Kominterni_Eesti_sektsioon_Moskvas, lk 34
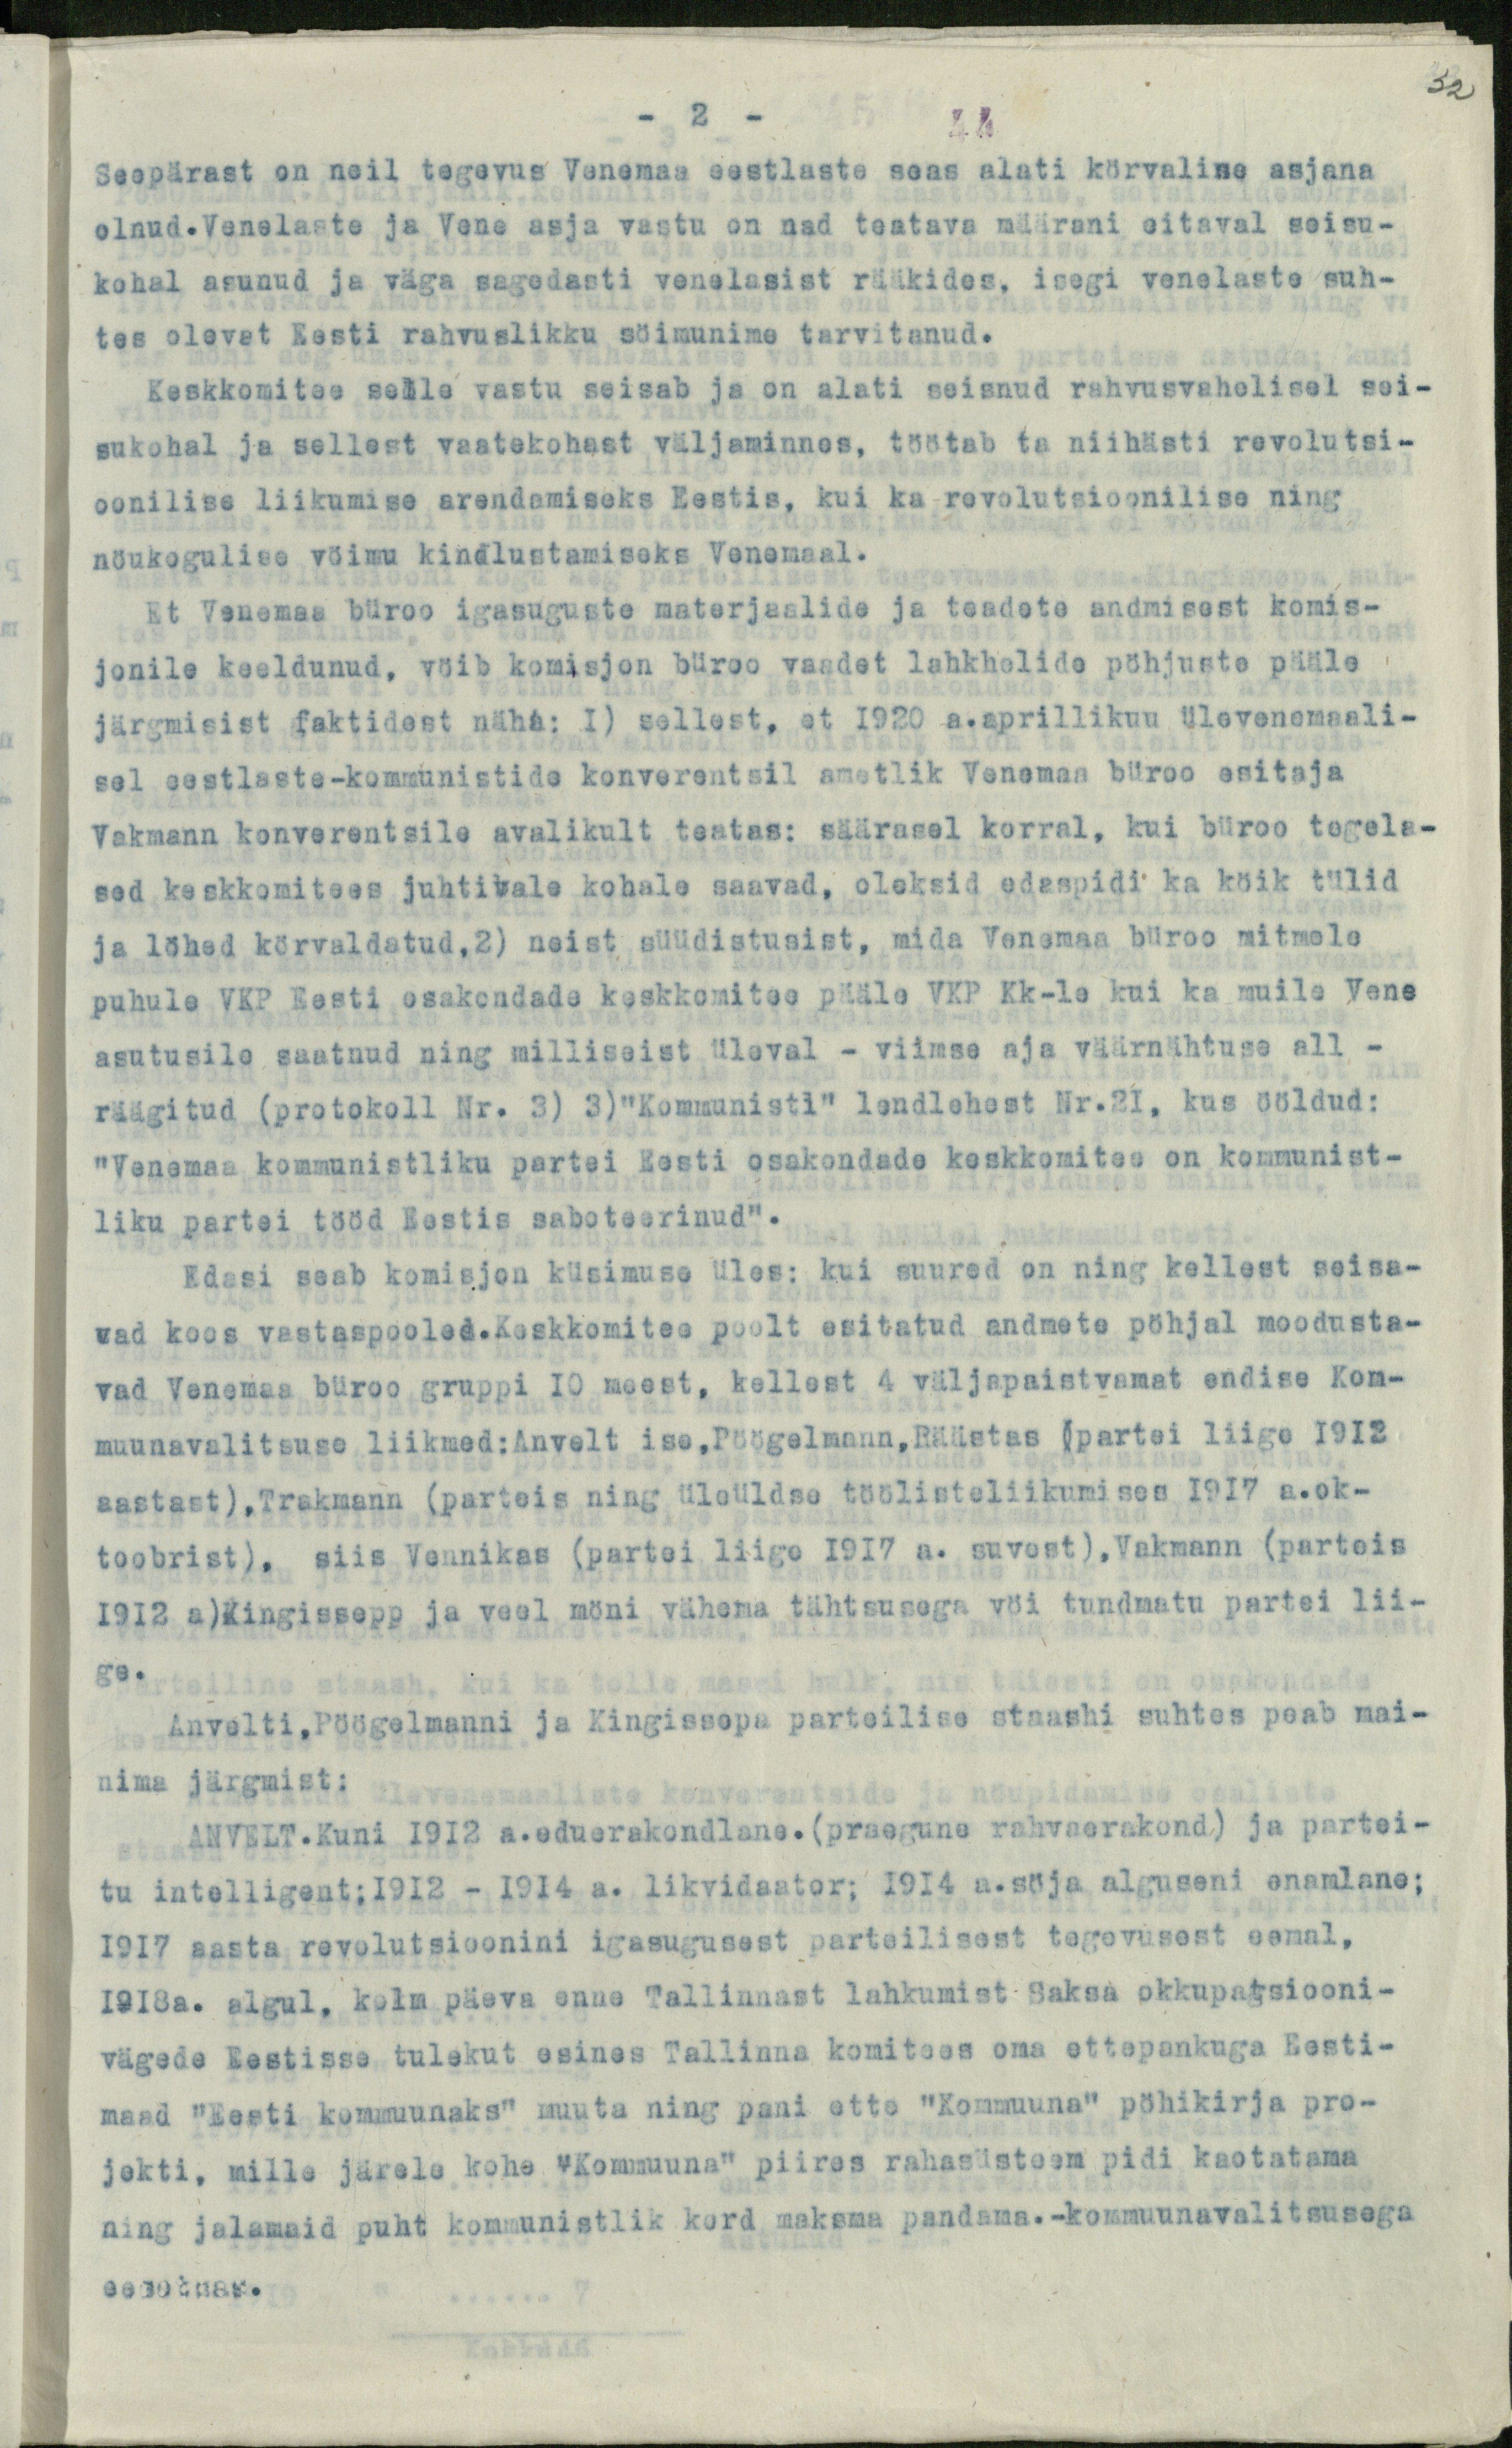
32

- 2 -
44
Seepärast on neil tegevus Venemaa eestlaste seas alati körvalise asjana
olnud.Venelaste ja Vene asja vastu on nad teatava määrani eitaval seisu-
kohal asunud ja väga sagedasti venelasist rääkides, isegi venelaste suh-
tes olevat Eesti rahvuslikku söimunime tarvitanud.
Keskkomitee selle vastu seisab ja on alati seisnud rahvusvahelisel sei-
sukohal ja sellest vaatekohast väljaminnes, töötab ta niihästi revolutsi-
oonilise liikumise arendamiseks Eestis, kui ka revolutsioonilise ning
nöukogulise vöimu kindlustamiseks Venemaal.
Et Venemaa büroo igasuguste materjaalide ja teadete andmisest komis-
jonile keeldunud, vöib komisjon büroo vaadet lahkhelide pöhjuste pääle
järgmisist faktidest näha: 1) sellest, et 1920 a.aprillikuu ülevenemaali-
sel eestlaste-kommunistide konverentsil ametlik Venemaa büroo esitaja
Vakmann konverentsile avalikult teatas: säärasel korral, kui büroo tegela-
sed keskkomitees juhtivale kohale saavad, oleksid edaspidi ka köik tülid
ja löhed körvaldatud,2) neist süüdistusist, mida Venemaa büroo mitmele
puhule VKP Eesti osakondade keskkomitee pääle VKP Kk-le kui ka muile Vene
asutusile saatnud ning milliseist üleval - viimse aja väärnähtuse all -
räägitud (protokoll Nr. 3) 3)"Kommunisti" lendlehest Nr 21, kus ööldud:
"Venemaa kommunistliku partei Eesti osakondade keskkomitee on kommunist-
liku partei tööd Eestis saboteerinud".
Edasi seab komisjon küsimuse üles: kui suured on ning kellest seisa-
vad koos vastaspooled.Keskkomitee poolt esitatud andmete pöhjal moodusta-
vad Venemaa büroo gruppi 10 meest, kellest 4 väljapaistvamat endise Kom-
muunavalitsuse liikmed:Anvelt ise, Pöögelmann, Räästas (partei liige 1912
aastast),Trakmann (parteis ning üleüldse töölisteliikumises 1917 a.ok-
toobrist), siis Vennikas (partei liige 1917 a. suvest), Vakmann (parteis
1912 a)Kingissepp ja veel möni vähema tähtsusega vöi tundmatu partei lii-
ge.
Anvelti,Pöögelmanni ja Kingissepa parteilise staashi suhtes peab mai-
nima järgmist:
ANVELT.Kuni 1912 a.eduerakondlane. (praegune rahvaerakond) ja partei-
tu intelligent;1912 - 1914 a. likvidaator; 1914 a.söja alguseni enamlane;
1917 aasta revolutsioonini igasugusest parteilisest tegevusest eemal,
1918a. algul, kolm päeva enne Tallinnast lahkumist Saksa okkupatsiooni-
vägede Eestisse tulekut esines Tallinna komitees oma ettepankuga Eesti-
maad "Eesti kommuunaks" muuta ning pani ette "Kommuuna" pöhikirja pro-
jekti, mille järele kohe "Kommuuna" piires rahasüsteem pidi kaotatama
ning jalamaid puht kommunistlik kord maksma pandama.-kommuunavalitsusega
eesotsas.